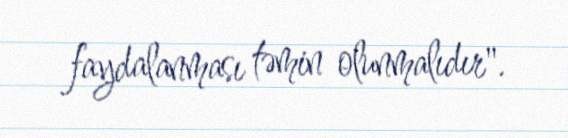
faydalanması təmin olunmalıdır".